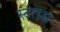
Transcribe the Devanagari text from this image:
स्टारस